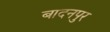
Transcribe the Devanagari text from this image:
बादनपुर